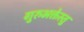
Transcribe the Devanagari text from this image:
गुरुभक्तेस्तु